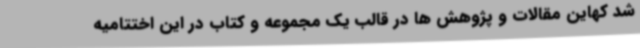
شد کهاین مقالات و پژوهش ها در قالب یک مجموعه و کتاب در این اختتامیه